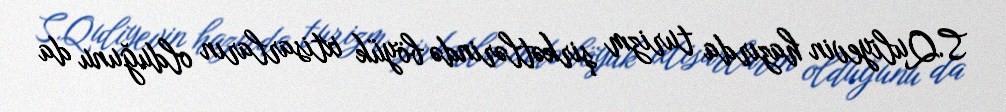
S.Quliyevin hazırda turizm şirkətlərində böyük ixtisarların olduğunu da